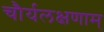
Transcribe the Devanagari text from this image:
चौर्यलक्षणाम्